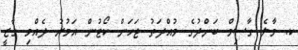
ކ. މާލެ ގާސިމް ބަންދުގެ މުއްދަތު ޖަހަން ކޯޓުން އަމުރު ދެއްވި ގާޒީ